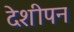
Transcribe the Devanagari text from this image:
देशीपन